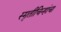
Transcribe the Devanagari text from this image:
स्मृतीचिन्हांचा